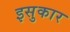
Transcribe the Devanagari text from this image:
इसुकार